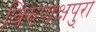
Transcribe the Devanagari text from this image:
विरुपाक्षपुरा